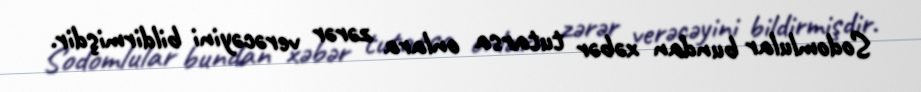
Sodomlular bundan xəbər tutarsa onlara zərər verəcəyini bildirmişdir.